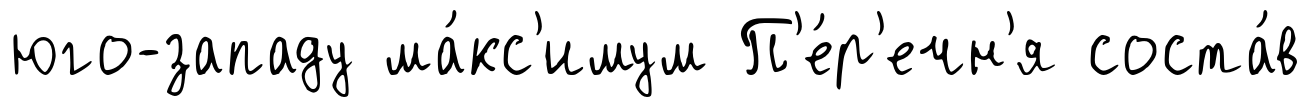
юго-западу ма́кс'имум П'е́р'ечн'я соста́в